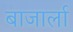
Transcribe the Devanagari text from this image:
बाजार्ला